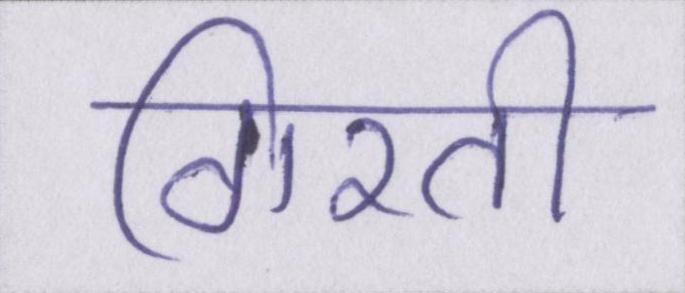
गिरती